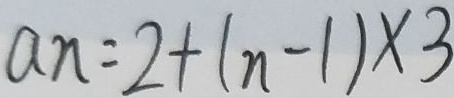
a _ { n } = 2 + ( n - 1 ) \times 3